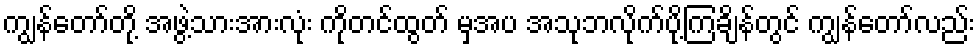
ကျွန်တော်တို့ အဖွဲ့သားအားလုံး ကိုတင်ထွတ် မှအပ အသုဘလိုက်ပို့ကြချိန်တွင် ကျွန်တော်လည်း